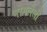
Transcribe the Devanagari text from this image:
भोगलेली